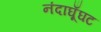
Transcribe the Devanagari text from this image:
नंदाघूँघट